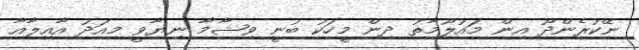
ނޭކުރެންދޫ އިން މައުލޫމާތު ދިން މީހަކު ބުނީ ވިޝާމާ ނިޔާވީ މިއަދު އާއިލާއާ